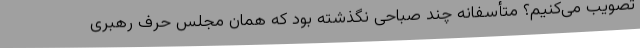
تصویب می‌کنیم؟ متأسفانه چند صباحی نگذشته بود که همان مجلس حرف رهبری